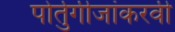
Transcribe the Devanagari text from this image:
पोर्तुगीजांकरवी